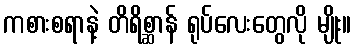
ကစားစရာနဲ့ တိရိစ္ဆာန် ရုပ်လေးတွေလို မျိုး။